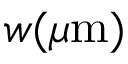
w ( \mu \mathrm { m } )